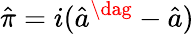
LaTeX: \hat{\pi}=i(\hat{a}^{\dag}-\hat{a})